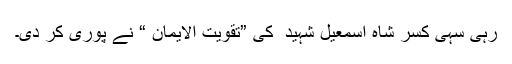
رہی سہی کسر شاہ اسمعیل شہید ؒ کی ”تقویت الایمان “ نے پوری کر دی۔